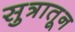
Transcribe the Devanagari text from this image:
सुत्रातून